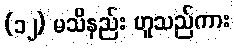
(၁၂) မသိနည်း ဟူသည်ကား